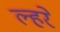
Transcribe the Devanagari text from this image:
ल्हरे